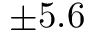
\pm 5 . 6